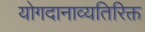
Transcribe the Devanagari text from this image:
योगदानाव्यतिरिक्त